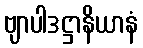
ဗျာပါဒဋ္ဌာနိယာနံ